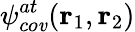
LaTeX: \psi_{co\mathit{v}}^{at}(\textbf{{r}}_{1},\textbf{{r}}_{2})